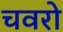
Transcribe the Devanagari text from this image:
चवरो